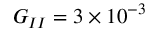
G _ { I I } = 3 \times 1 0 ^ { - 3 }